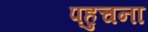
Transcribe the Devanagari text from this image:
पहुचना